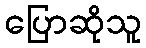
ပြောဆိုသူ